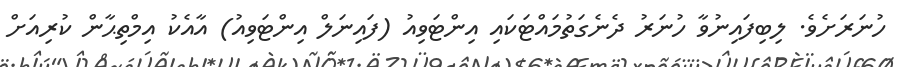
ހުނަރަށެވެ. ލިބިފައިނުވާ ހުނަރު ދެނެގަތުމައްޓަކައި އިންޓަވިއު (ފައިނަލް އިންޓަވިއު) އާއެކު އިމްތިޙާން ކުރިއަށް